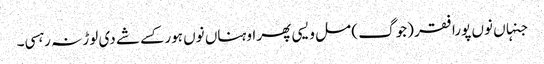
جنہاں نوں پورا فقر (جوگ ) مل ویسی پھر اوہناں نوں ہور کسے شے دی لوڑ نہ رہسی۔